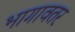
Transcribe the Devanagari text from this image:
भागावतर